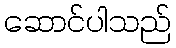
ဆောင်ပါသည်